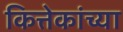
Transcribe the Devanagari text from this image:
कित्तेकांच्या